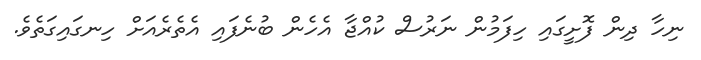
ނިހާ ދިން ފޮށީގައި ހިފަމުން ނަރުސް ކުއްޖާ އެހެން ބުނެފައި އެތެރެއަށް ހިނގައިގަތެވެ.